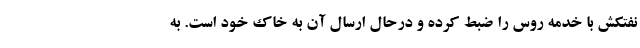
نفتکش با خدمه روس را ضبط کرده و درحال ارسال آن به خاک خود است. به